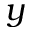
y